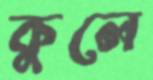
কুলে